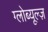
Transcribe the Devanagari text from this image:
ग्लोब्यूल्ज़